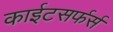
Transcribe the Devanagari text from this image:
काईटसर्फर्स